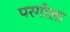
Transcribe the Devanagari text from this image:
परगोला